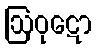
ဩဝုဋော